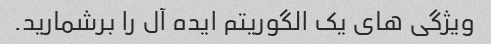
ویژگی های یک الگوریتم ایده آل را برشمارید.